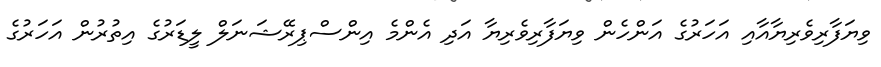
ވިޔަފާރިވެރިޔާއާއި އަހަރުގެ އަންހެން ވިޔަފާރިވެރިޔާ އަދި އެންމެ އިންސްޕިރޭޝަނަލް ލީޑަރުގެ އިތުރުން އަހަރުގެ